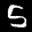
Label: 5